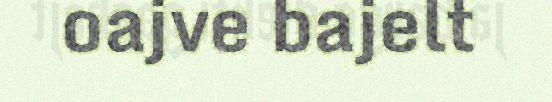
oajve bajelt